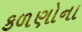
કળણોના